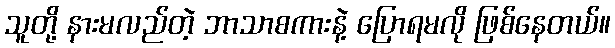
သူတို့ နားမလည်တဲ့ ဘာသာစကားနဲ့ ပြောရမလို ဖြစ်နေတယ်။